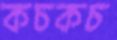
কচকচ